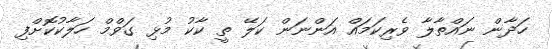
ހަދާން ނައްތާލާ ވެރިކަމައް އަންނަން ކަލޭ ތީ ކާކު މުޅި ގަވްމް ހަލާކުކޮށްފި